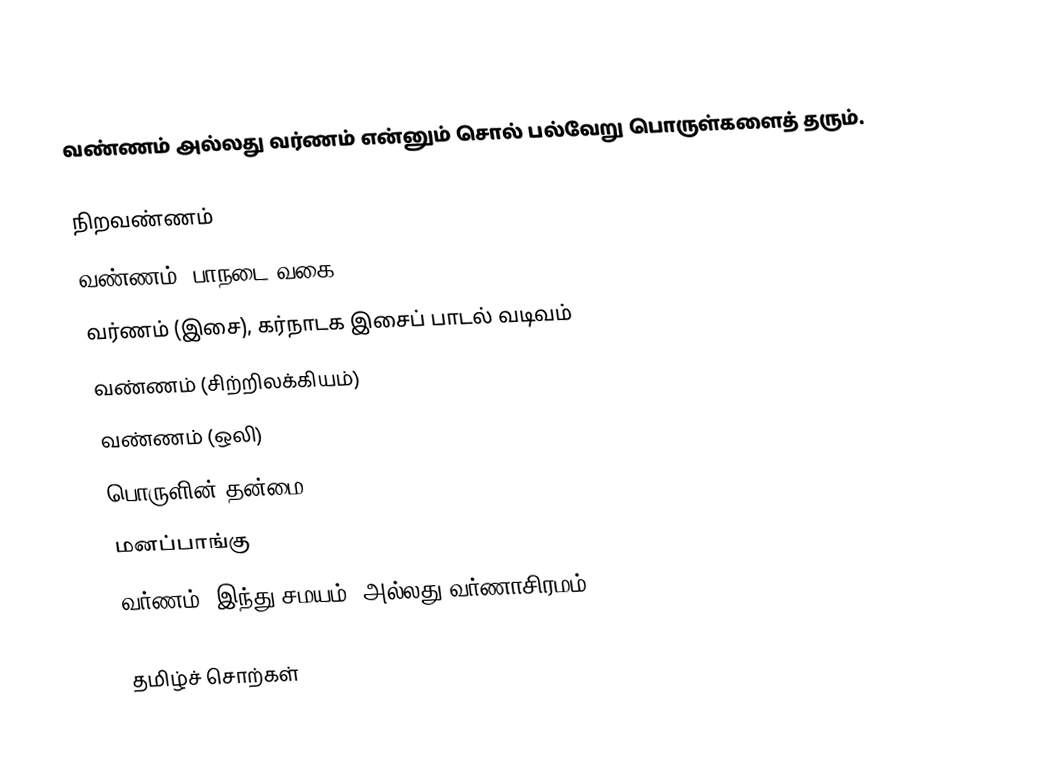
வண்ணம் அல்லது வர்ணம் என்னும் சொல் பல்வேறு பொருள்களைத் தரும்.

நிறவண்ணம்
வண்ணம் (பாநடை வகை)
வர்ணம் (இசை), கர்நாடக இசைப் பாடல் வடிவம்
வண்ணம் (சிற்றிலக்கியம்)
வண்ணம் (ஒலி)
பொருளின் தன்மை
மனப்பாங்கு
வர்ணம் (இந்து சமயம்) அல்லது வர்ணாசிரமம்

தமிழ்ச் சொற்கள்